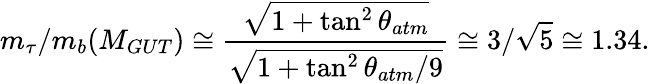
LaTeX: m_{\tau}/m_{b}(M_{GUT})\cong\frac{\sqrt{1+\tan^{2}\theta_{atm}}}{\sqrt{1+\tan^{2}\theta_{atm}/9}}\cong 3/\sqrt{5}\cong 1.34.